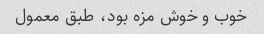
خوب و خوش مزه بود، طبق معمول